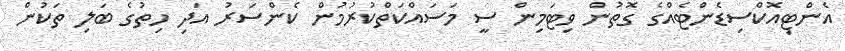
އެންޓިއޮކްސިޑެންޓެއްގެ ގޮތުން ވިޓަމިން ސީ މަސައްކަތްކުރުމުން ކެންސަރު އަދި ހިތުގެ ބަލި ތަކުން